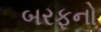
બરફનો